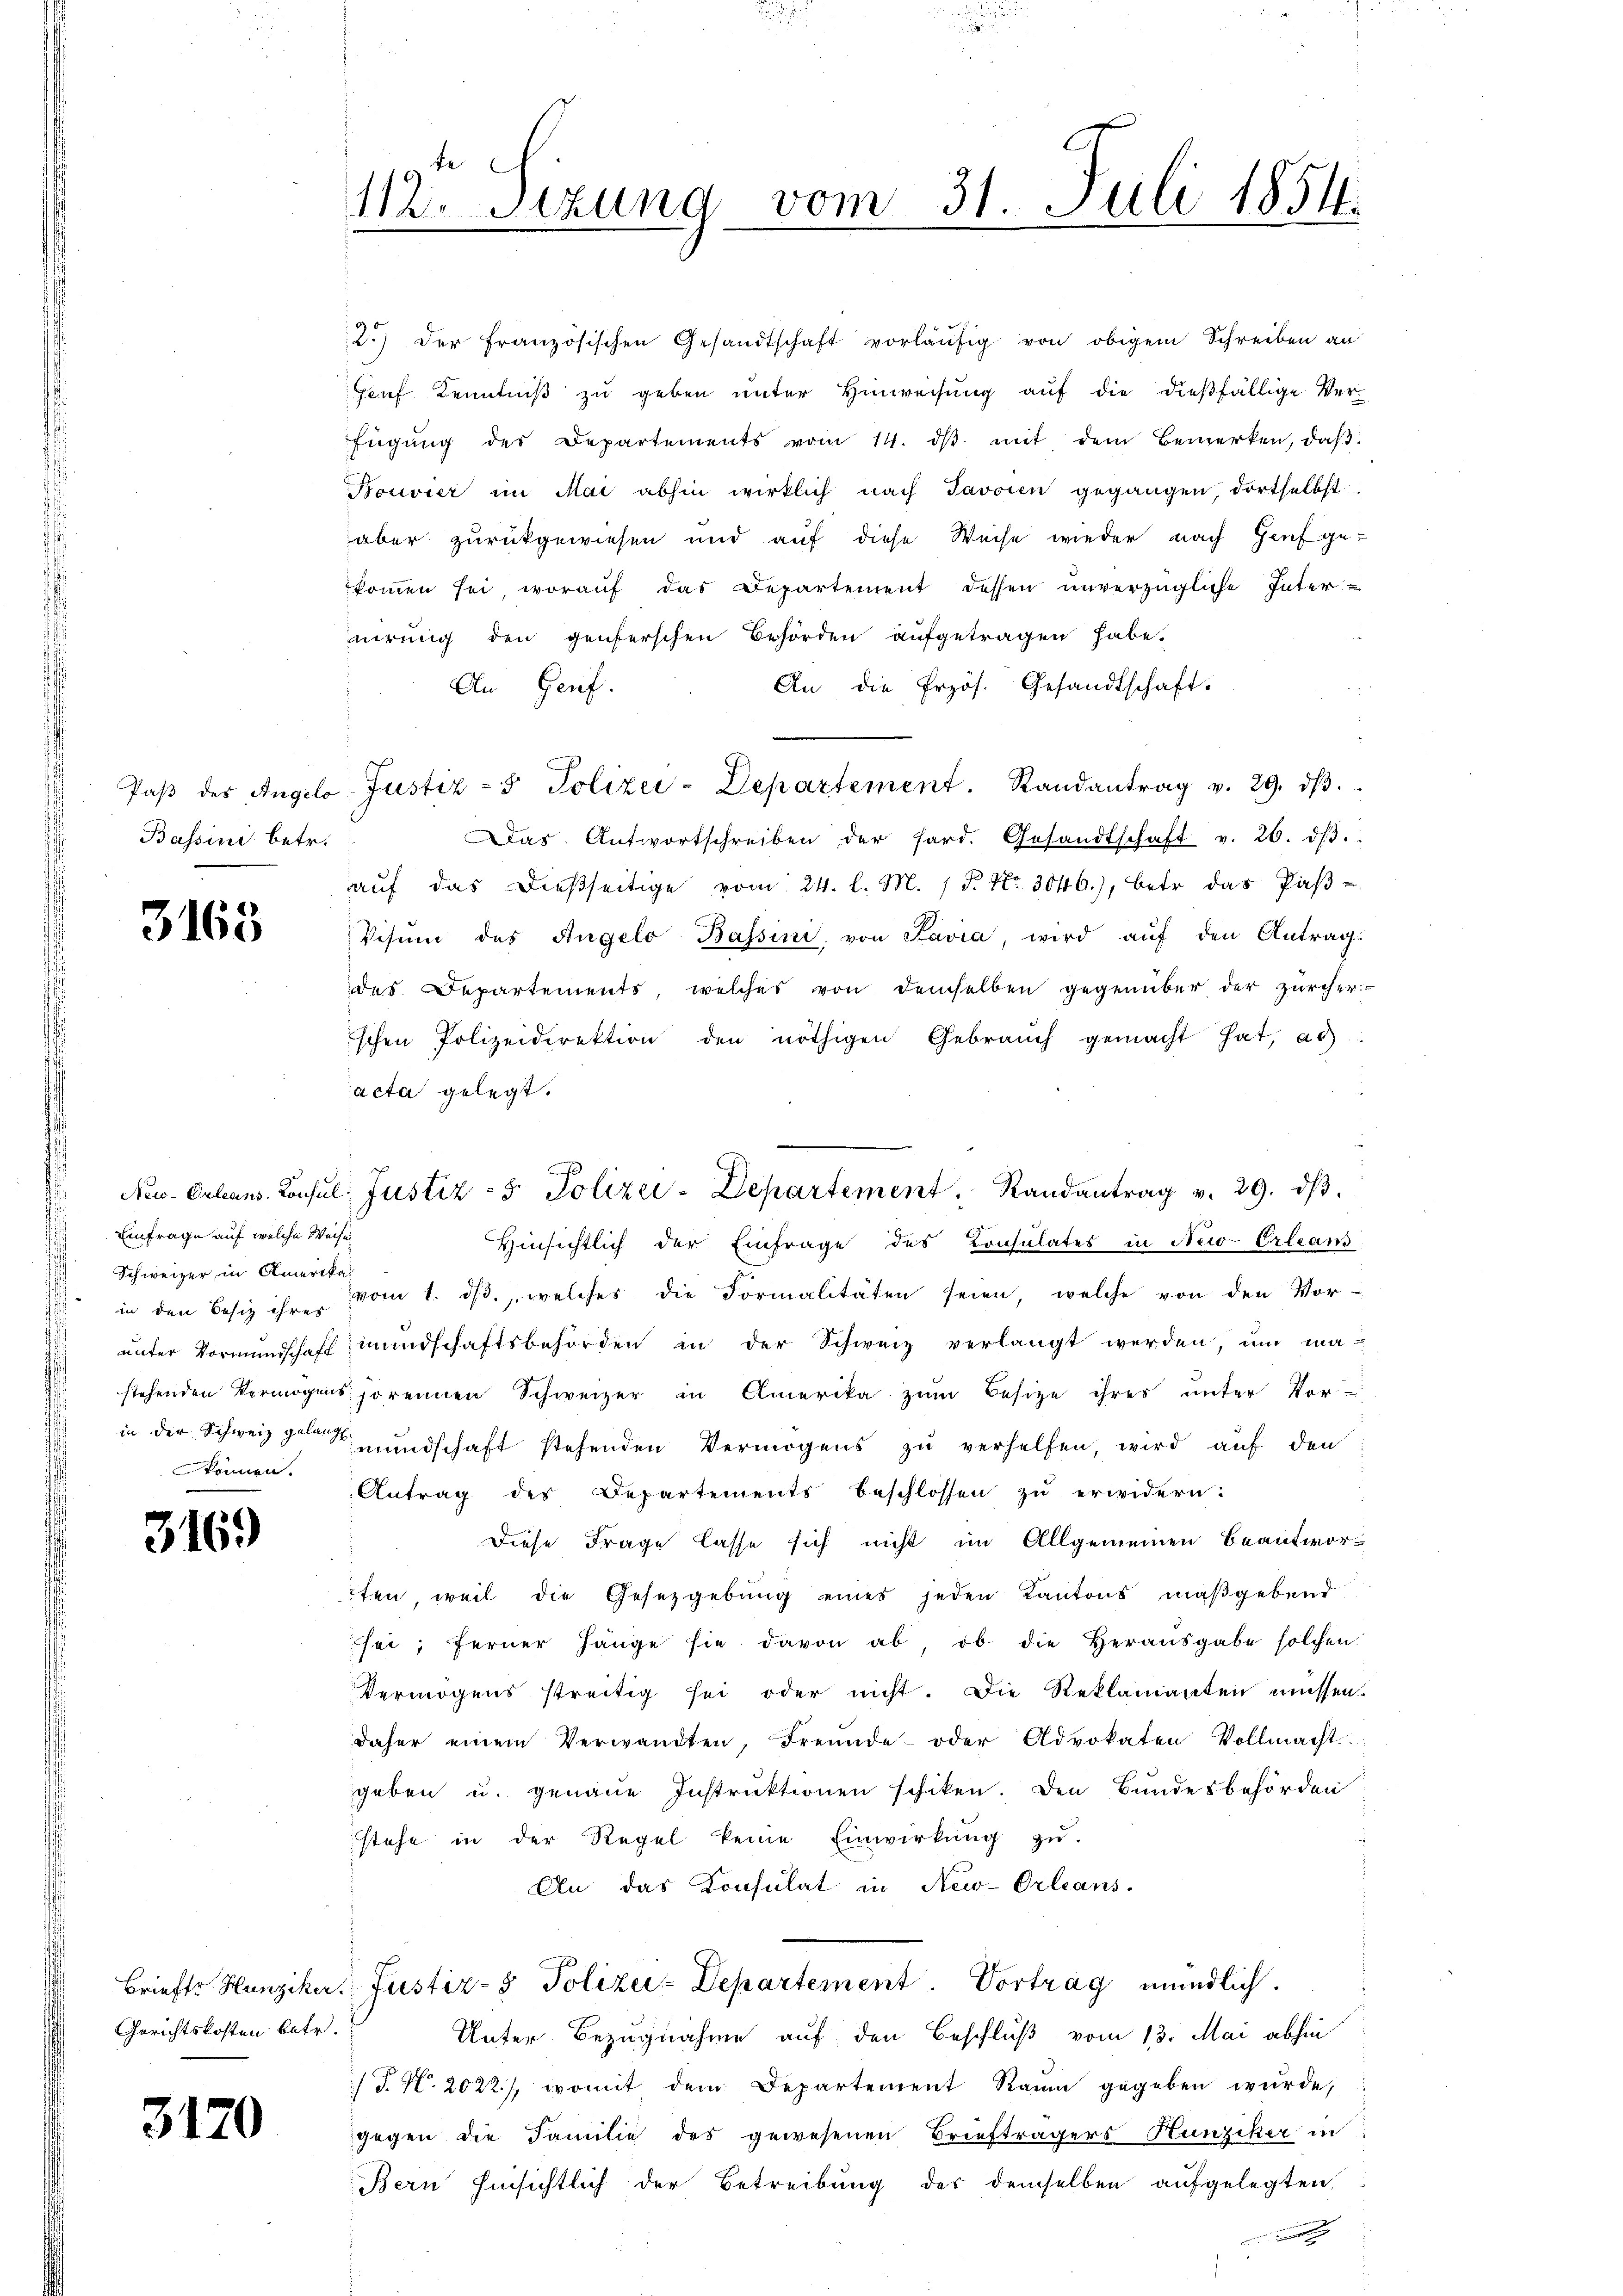
Bassini betr.

3163

Einfrage auf welche Weise
Schweizer, in Amerikas
können.

3169

Gerichtskosten betr.

3170

112. Sezung vom 31. Juli 1854.

2.) Der französischen Gesandtschaft vorläŭfig von obigem Schreiben an
Genf Kenntniß zu geben unter Hinweisung auf die dießfällige Verfügŭng des Departements vom 14. dβ mit dem Bemerken, daβ
Bouvier im Mai abhin wirklich nach Javoin gegangen, dortselbst
aber zurückgewiesen und auf diese Weise wieder nach Hauf gekoṁen sei, woraŭf das Departement dessen ŭnverzügliche Inter-
nirung den genferschen Behörden aufgetragen habe.
An die frzös. Gesandtschaft.
An Genf.
Paβ des Angelo Justiz- & Polizei-Departement. Randantrag v. 29. dβ.
Das Antwortschreiben der fard. Gesandtschaft v. 26. dβ.
aŭf das dieβseitige vom 24. l. M. / P. Nr. 3046.), betr. das Paβ-
Visum des Angelo Bassini, von Savia, wird aŭf den Antrag:
des Departements, welches von demselben gegenüber der zürcher-
schen Polizeidirektion den nöthigen Gebrauch gemacht hat, as
acta gelegt.
Hinsichtlich der Einfrage des Consulates in New-Orleans
in den Besiz ihre vom 1. dβ. welches die Formalitäten seien, welche von den Vor-
ŭnter Vormundschaft mundschaftsbehörden in der Schweiz verlangt werden, ŭm ma-
stehenden Vermögens sorennen Schweizer in Amerika zŭm Besitze ihres unter Vorin der Schweiz gesundschaft stehenden Vermögens zu verhelfen, wird auf den
Antrag des Departements beschlossen zŭ erwidern:
Diese Frage lasse sich nicht im Allgemeinen Beantwor-
tten, weil die Gesetzgebung eines jeden Kantons maßgebend
sei; ferner hänge sie davon ab, ob die Heraŭsgabe solchen.
Vermögens streitig sei oder nicht. Die Reklamanten müssen.
daher einem Verwandten, Freunde oder Advokaten Vollmacht
geben u. genaue Instruktionen schiken. Den Bundesbehörden
stehe in der Regel keine Einwirkŭng zŭ
An das Konsulat in New-Orleans
Brieftr Hunziker Justiz- & Polizei-Departement. Vortrag mündlich.
Unter Bezugnahme auf den Beschluß vom 13. Mai abhin
/T. N. 2022), womit dem Departement Raum gegeben wurde,
gegen die Familie des gewesenen Briefträgers Hunziker in
Bern hinsichtlich der Betreibung des demselben aufgelegten,
und die

New-Orleans. Konsŭl: Justiz - 5. Polizei-Departement   Randantrag v. 29. dβ.